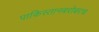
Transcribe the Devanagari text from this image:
पाकिस्तानबरोबरच